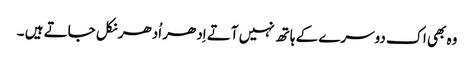
وہ بھی اک دوسرے کے ہاتھ نہیں آتے اِدھر اُدھر نکل جاتے ہیں ۔